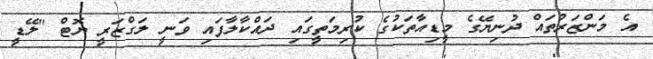
އެ މަންޒަރުތައް ދުނިޔޭގެ މީޑިއާތަކުގެ ކުރިމަތީގައި ދައްކާލާފައި ވަނީ ލަގްޒަރީ ޔޮޓް "ލޭޑީ